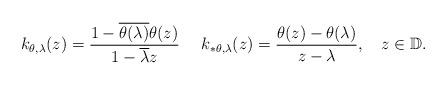
LaTeX: \begin{align*}k_{\theta,\lambda}(z)=\frac{1-\overline{\theta(\lambda)}\theta(z)}{1-\overline\lambda z} \ \ \ \ k_{\ast\theta,\lambda}(z)=\frac{\theta(z)-\theta(\lambda)}{z-\lambda}, \ \ \ z\in\mathbb D. \end{align*}